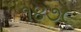
૧૪૭૯